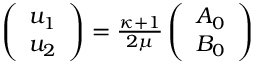
\begin{array} { r } { \left( \begin{array} { l } { u _ { 1 } } \\ { u _ { 2 } } \end{array} \right) = \frac { \kappa + 1 } { 2 \mu } \left( \begin{array} { l } { A _ { 0 } } \\ { B _ { 0 } } \end{array} \right) } \end{array}